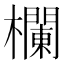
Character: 𣟬